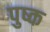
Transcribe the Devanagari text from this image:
पुष्क